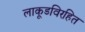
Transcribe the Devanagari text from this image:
लाकूडविरहित